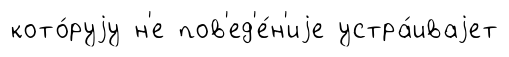
кото́руjу н'е пов'ед'е́н'иjе устра́иваjет